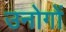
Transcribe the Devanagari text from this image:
उनोगों